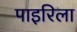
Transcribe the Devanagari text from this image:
पाइरिला